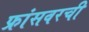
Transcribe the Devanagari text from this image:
फ्रांसवरची